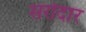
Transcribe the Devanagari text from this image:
सरोदार